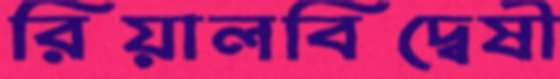
রিয়ালবিদ্বেষী